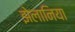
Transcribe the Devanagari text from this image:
झेलानिया